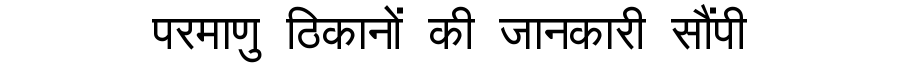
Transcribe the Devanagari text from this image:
परमाणु ठिकानों की जानकारी सौंपी